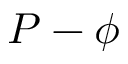
P - \phi